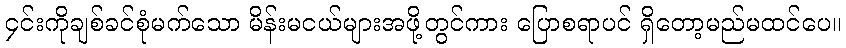
၄င်းကိုချစ်ခင်စုံမက်သော မိန်းမငယ်များအဖို့တွင်ကား ပြောစရာပင် ရှိတော့မည်မထင်ပေ။